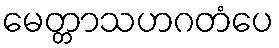
မေတ္တာသဟဂတံပေ